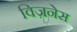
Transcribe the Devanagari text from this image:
विज़नेस